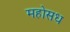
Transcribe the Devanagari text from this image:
महोसध